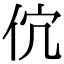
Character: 𬽶